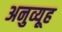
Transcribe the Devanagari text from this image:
अनुव्यूह